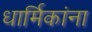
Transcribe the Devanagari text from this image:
धार्मिकांना